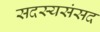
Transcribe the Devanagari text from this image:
सदस्यसंसद